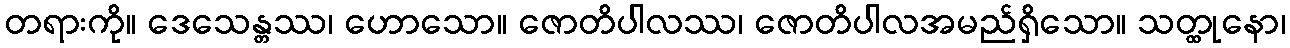
တရားကို။ ဒေသေန္တဿ၊ ဟောသော။ ဇောတိပါလဿ၊ ဇောတိပါလအမည်ရှိသော။ သတ္ထုနော၊